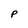
Character: P